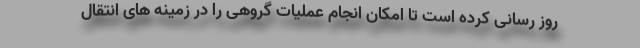
روز رسانی کرده است تا امکان انجام عملیات گروهی را در زمینه های انتقال